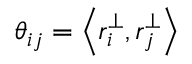
\theta _ { i j } = \left< { r _ { i } ^ { \perp } , r _ { j } ^ { \perp } } \right>